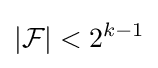
|{\mathcal {F}}|<2^{k-1}